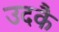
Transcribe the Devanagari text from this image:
उदकै